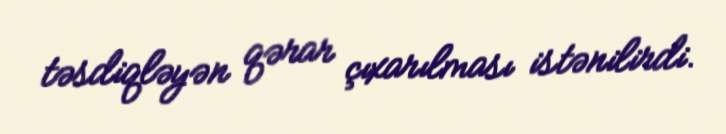
təsdiqləyən qərar çıxarılması istənilirdi.